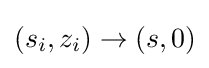
(s_{i},z_{i})\to (s,0)